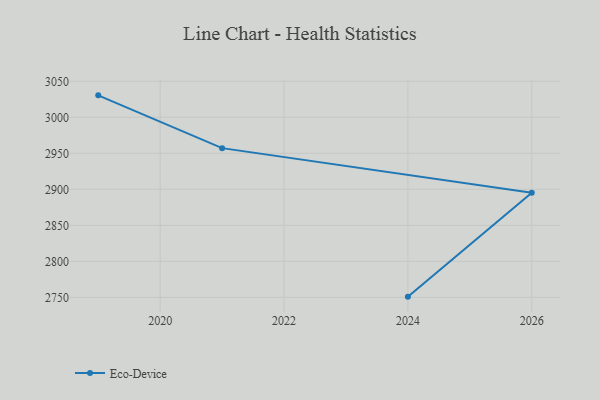
{"axis": {"x": "Year", "y": "Bounce Rate (%)"}, "legend": ["Eco-Device"], "data": [{"x": "2019", "y": 3030.5, "type": "Eco-Device"}, {"x": "2021", "y": 2957.2, "type": "Eco-Device"}, {"x": "2026", "y": 2895.2, "type": "Eco-Device"}, {"x": "2024", "y": 2751.0, "type": "Eco-Device"}]}